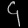
Digit: ၄